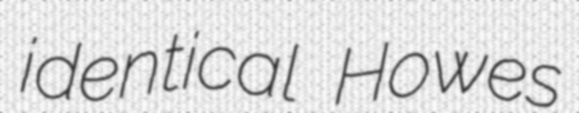
identical Howes